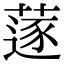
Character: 蓫